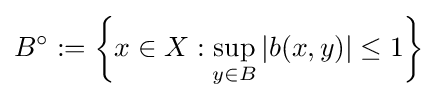
B^{\circ }:=\left\{x\in X:\sup _{y\in B}|b(x,y)|\leq 1\right\}